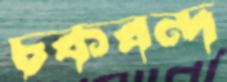
চকবন্দ